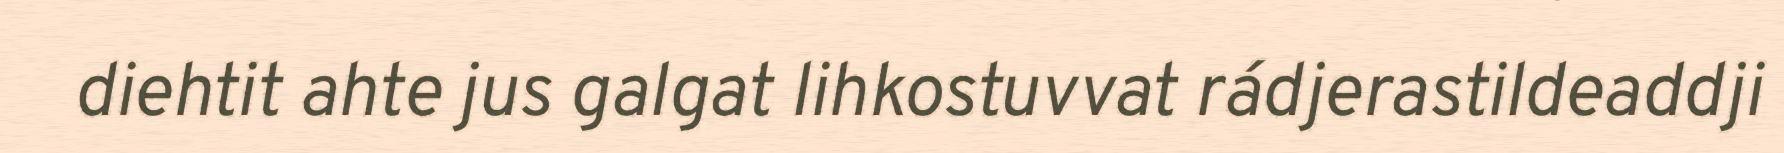
diehtit ahte jus galgat lihkostuvvat rádjerastildeaddji